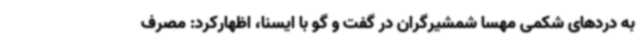
به دردهای شکمی مهسا شمشیرگران در گفت و گو با ایسنا، اظهارکرد: مصرف